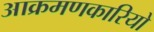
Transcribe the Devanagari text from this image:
आक्रमणकारियो